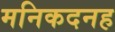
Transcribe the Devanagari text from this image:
मनिकदनह